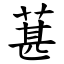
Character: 葚